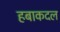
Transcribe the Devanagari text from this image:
हबाकदल